Report of the Hyderabad Chloroform Commission
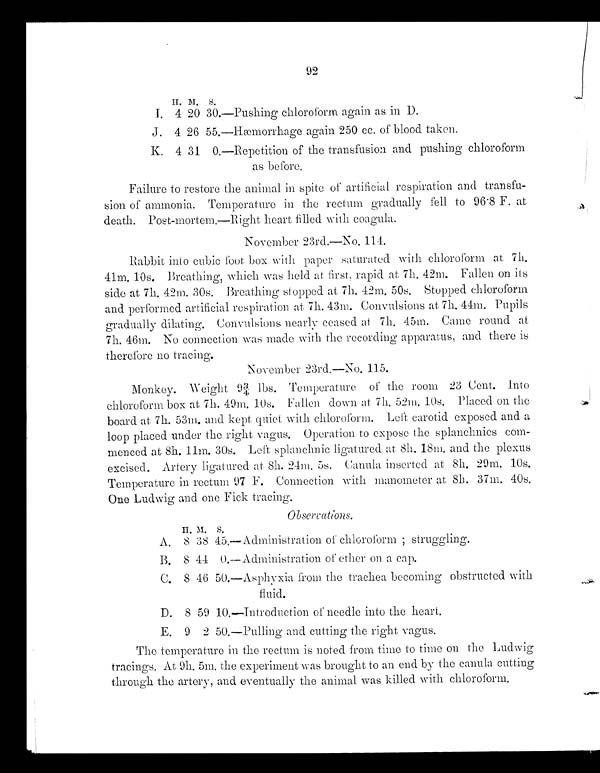
92
H .
M . S
I . 4 2 0 3 0 . — P u s h i n g
c h l o r o f o r m a g a i n
as in D.
J . 4 2 6 5 5 . — H
æ m o r r h a g e
a g a i n 2 5 0 c c . o f b l o o d
tak e n .
K .
4 31 0.—Repetition of the transfusion and pushing chloroform
as before.
Failure to restore the animal in spite of artificial respiration and transf
u - s i o no
f a m m o n i a . T e m p e r a t u r e i n t h e r e c t u m g r a d u a l l y f e l l t o 9 6
·
8 F . a t
death. Post-mortem.— Right heart filled with coagula.
N o v e m b e r 2
3 r d . — N o .
114
Rabbit into cubic foot box with paper saturated with chloroform at 7h.
41m. 10s. Breathing, which was held at first, rapid at 7h. 42m. Fallen on its
side at 7h. 42m. 30s. Breathing stopped at 7h. 42m. 50s. Stopped c h l o r o f o r m
and performed artificial respiration at 7h. 43m. Convulsions at 7h. 44m. Pupils
gradually dilating. Convulsion nearly ceased at 7h. 45m. Came round at
7
h .
4 6 m . N o c o n n e c t i o n
w a sm
a dw
i t hthe recording apparatus, and there is
therefore no tracing.
N o v e m b e r 2 3 r d . — N o
.
115.
M o n k e y . W e i g h t 9
¾
l b s .
T e m p e r a t u r e o f
t h e r o o m 2 3 C e n t .
I n t o c h l o r o f o r m b o x a t 7 h
.
4 9 m .
1 0 s .
F a l l e n
d o w n
a t
7 h .
5 2 m . 1 0 s .
P l a c e d o n
t h e
b o a r d a t 7 h . 5 3 m . a n d k e p t q u i e t w i t h
c h l o r o f o r m . L
e f t c a r o t i d e x p o s e d a n d
a
l o o
p p l a c e d u n d e r t h e r i g h t
v a g u s . O p e r a t i o n
t o e x p o s e t h e
s p l a n c h n i c s
c o m - m e n c e d a t 8 h . 1 1 m . 3 0 s . L e f t
s p l a n c h n i c l i g a t u r e d
a t
8 h .
18m. and the plexus
excised. Artery ligatured at 8h. 24m. 5s. Canula inserted at 8h. 29m. 10s.
Temperature in rectum 97 F. Connection with manometer at 8h. 37m. 40s.
One Ludwig and one Fick tracing.
O b s e r v a t i o n s
.
A .
8 3 8
4 5 . — A d m i n i
s t r a t i o n
o f
c h l o r o f o r m ;
struggling.
B . 8 4 4 0 . — A d m i n i
s t r a t i o n
of ether on a cap
.
vagus.
tracings. At 9h. 5m. the experiment was brought to an end by the canula cutting
through the artery, a n d e v e n t u a l l y t h e a n i m a l w a s k i l l e d w i t h c h l o r o f o r m .